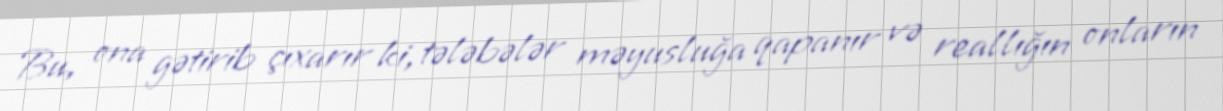
Bu, ona gətirib çıxarır ki, tələbələr məyusluğa qapanır və reallığın onların